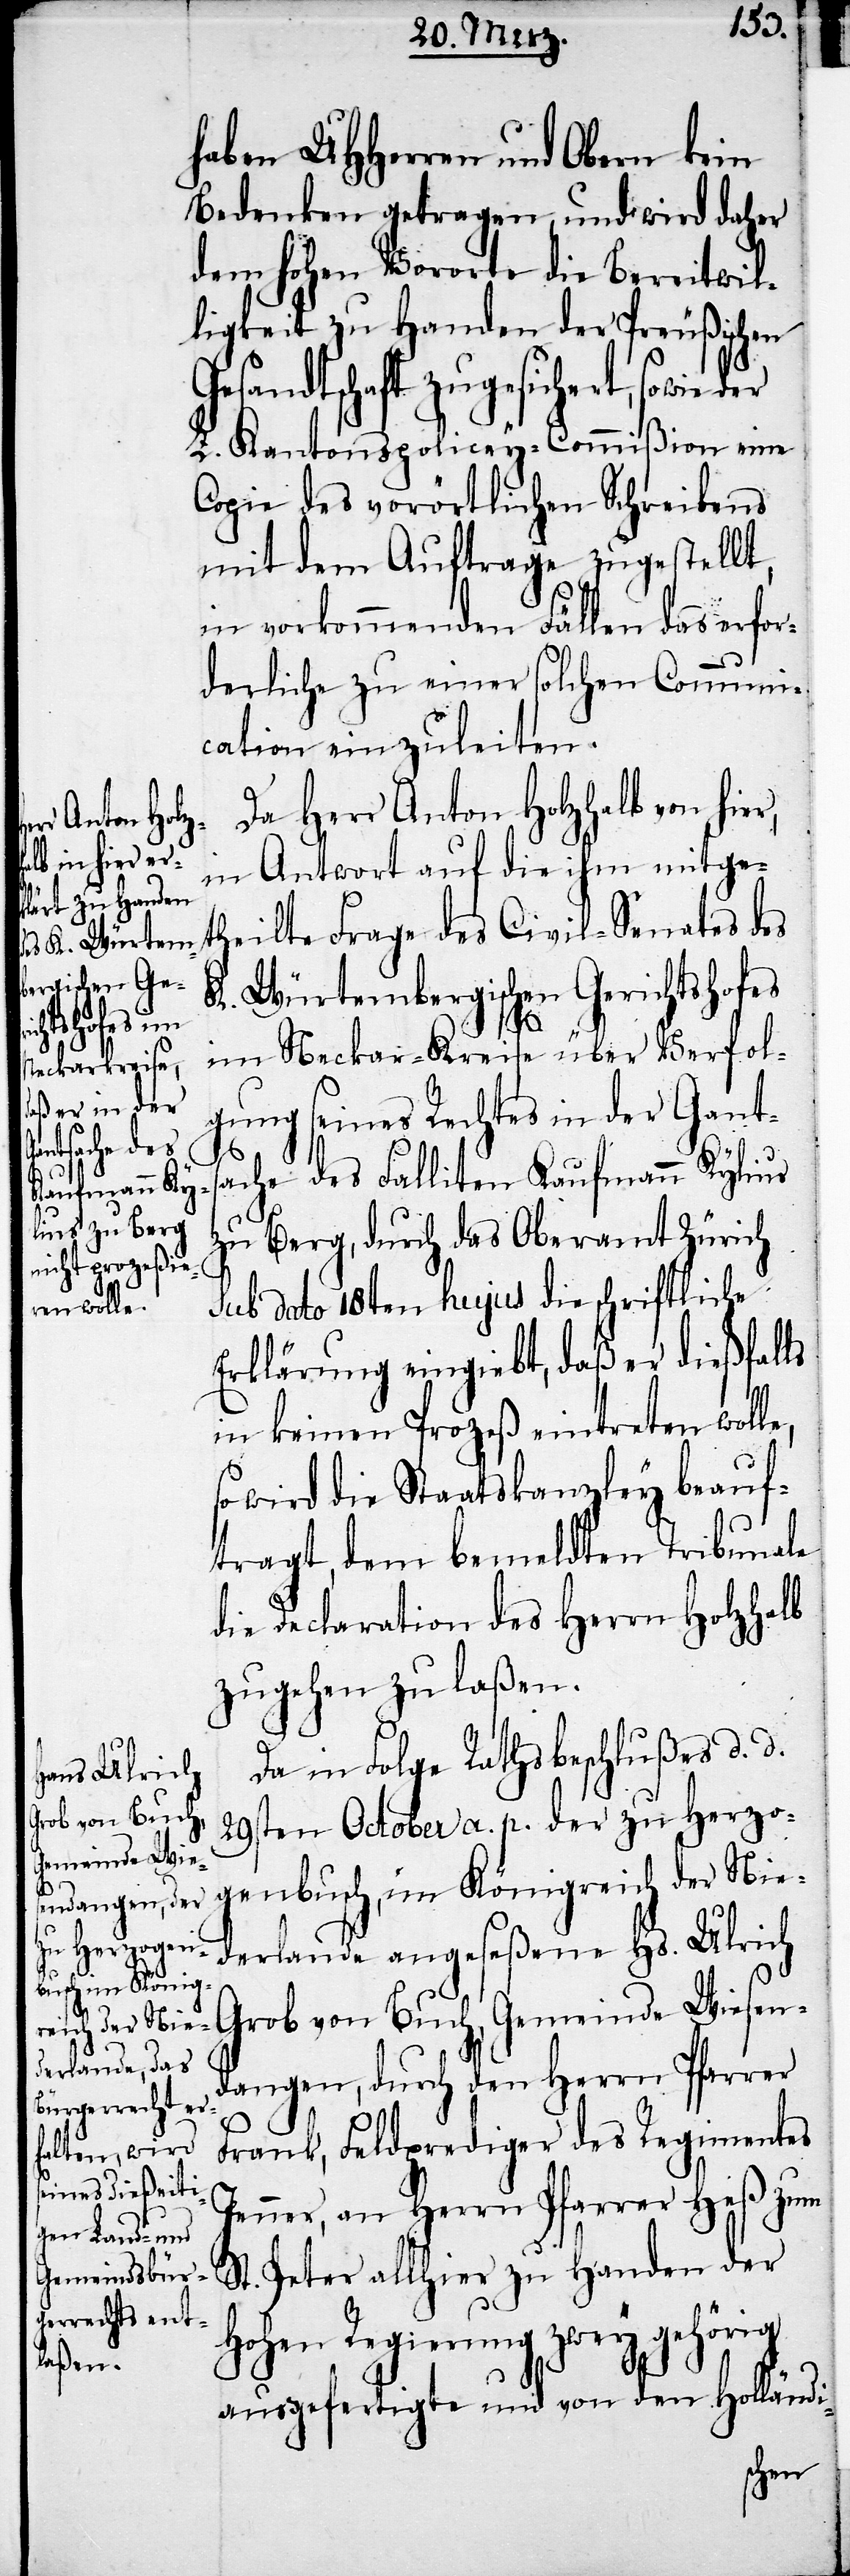
haben UHHerren und Obern kein
Bedenken getragen, und wird daher
dem hohen Vororte die Bereitwil¬
ligkeit zu Handen der Preußischen
Gesandtschaft zugesichert, sowie
L. Kantonspolicey-Commißion eine
Copie des vorörtlichen Schreibens
mit dem Auftrage zugestellt,
in vorkommenden Fällen das erfor¬
derliche zu einer solchen Communi¬
cation einzuleiten.
Da Herr Anton Holzhalb von hie¬
in Antwort auf die ihm mitge¬
theilte Frage des Civil-Senates des
K. Würtembergischen Gerichtshofes
im Neckar-Kreise über Verfol¬
gung seines Rechtes in der Gants¬
e,
ache des Falliten Kaufmann Kylius
zu Berg, durch das Oberamt Zürich
sub dato 18ten hujus die schriftliche
Erklärung eingiebt, daß er dießfalls
in keinen Prozeß eintreten woll¬
so wird die Staatskanzley beauf¬
tragt, dem bemeldten Tribunale
die Declaration des Herrn Holzhalb
zugehen zu laßen.
Da in Folge Rathsbeschlußes d. d.
29sten October a. p. der zu Herzo¬
genbuch, im Königreich der Nie¬
derlande angeseßene Hs. Ulrich
Grob von Buch, Gemeinde Wiesen¬
dangen, durch den Herrn Pfarrer
Frank, Feldprediger des Regimentes
Jenner, an Herrn Pfarrer Heß zum
St. Peter allhier zu Handen der
Hohen Regierung zwey gehörig
ausgefertigte und von den Holländi-